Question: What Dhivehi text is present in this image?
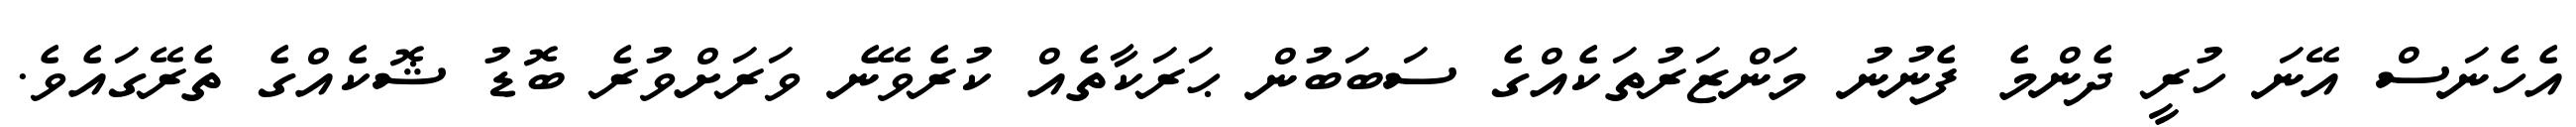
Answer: އެހެނަސް އޭނަ ހުރީ ދެންމެ ފެނުނު މަންޒަރުތަކެއްގެ ސަބަބުން ޙަރަކާތެއް ކުރެވޭނެ ވަރަށްވުރެ ބޮޑު ޝޮކެއްގެ ތެރޭގައެވެ.